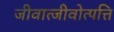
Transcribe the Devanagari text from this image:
जीवात्जीवोत्पत्ति